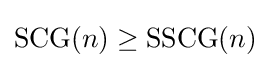
{\text{SCG}}(n)\geq {\text{SSCG}}(n)